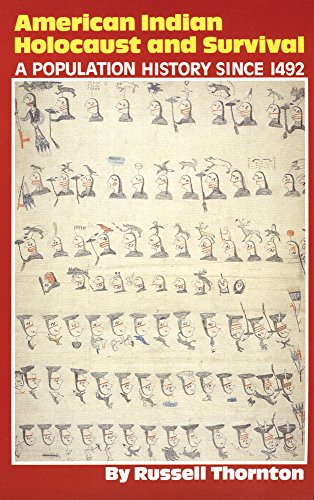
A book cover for American Indian Holocaust and Survival: A Population History since 1492 (The Civilization of the American Indian Series); Russell Thornton; Politics & Social Sciences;